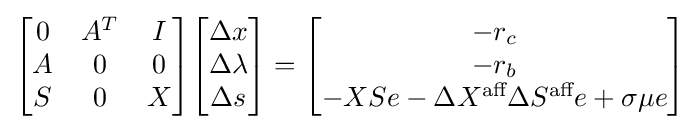
{\begin{bmatrix}0&A^{T}&I\\A&0&0\\S&0&X\end{bmatrix}}{\begin{bmatrix}\Delta x\\\Delta \lambda \\\Delta s\end{bmatrix}}={\begin{bmatrix}-r_{c}\\-r_{b}\\-XSe-\Delta X^{\text{aff}}\Delta S^{\text{aff}}e+\sigma \mu e\end{bmatrix}}